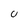
Character: U